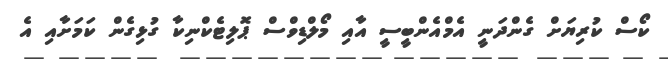
ކޯސް ކުރިޔަށް ގެންދަނީ އެމްއެންބީސީ އާއި މޯލްޑިވްސް ޕޮލިޓެކްނިކާ ގުޅިގެން ކަމަށާއި އެ